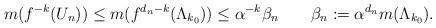
LaTeX: \begin{align*}m(f^{-k}(U_n))\leq m(f^{d_n-k}(\Lambda_{k_0}))\leq\alpha^{-k}\beta_n\quad\quad\beta_n:=\alpha^{d_n}m(\Lambda_{k_0}).\end{align*}